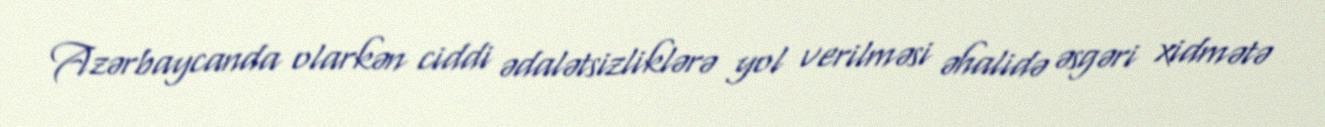
Azərbaycanda olarkən ciddi ədalətsizliklərə yol verilməsi əhalidə əsgəri xidmətə